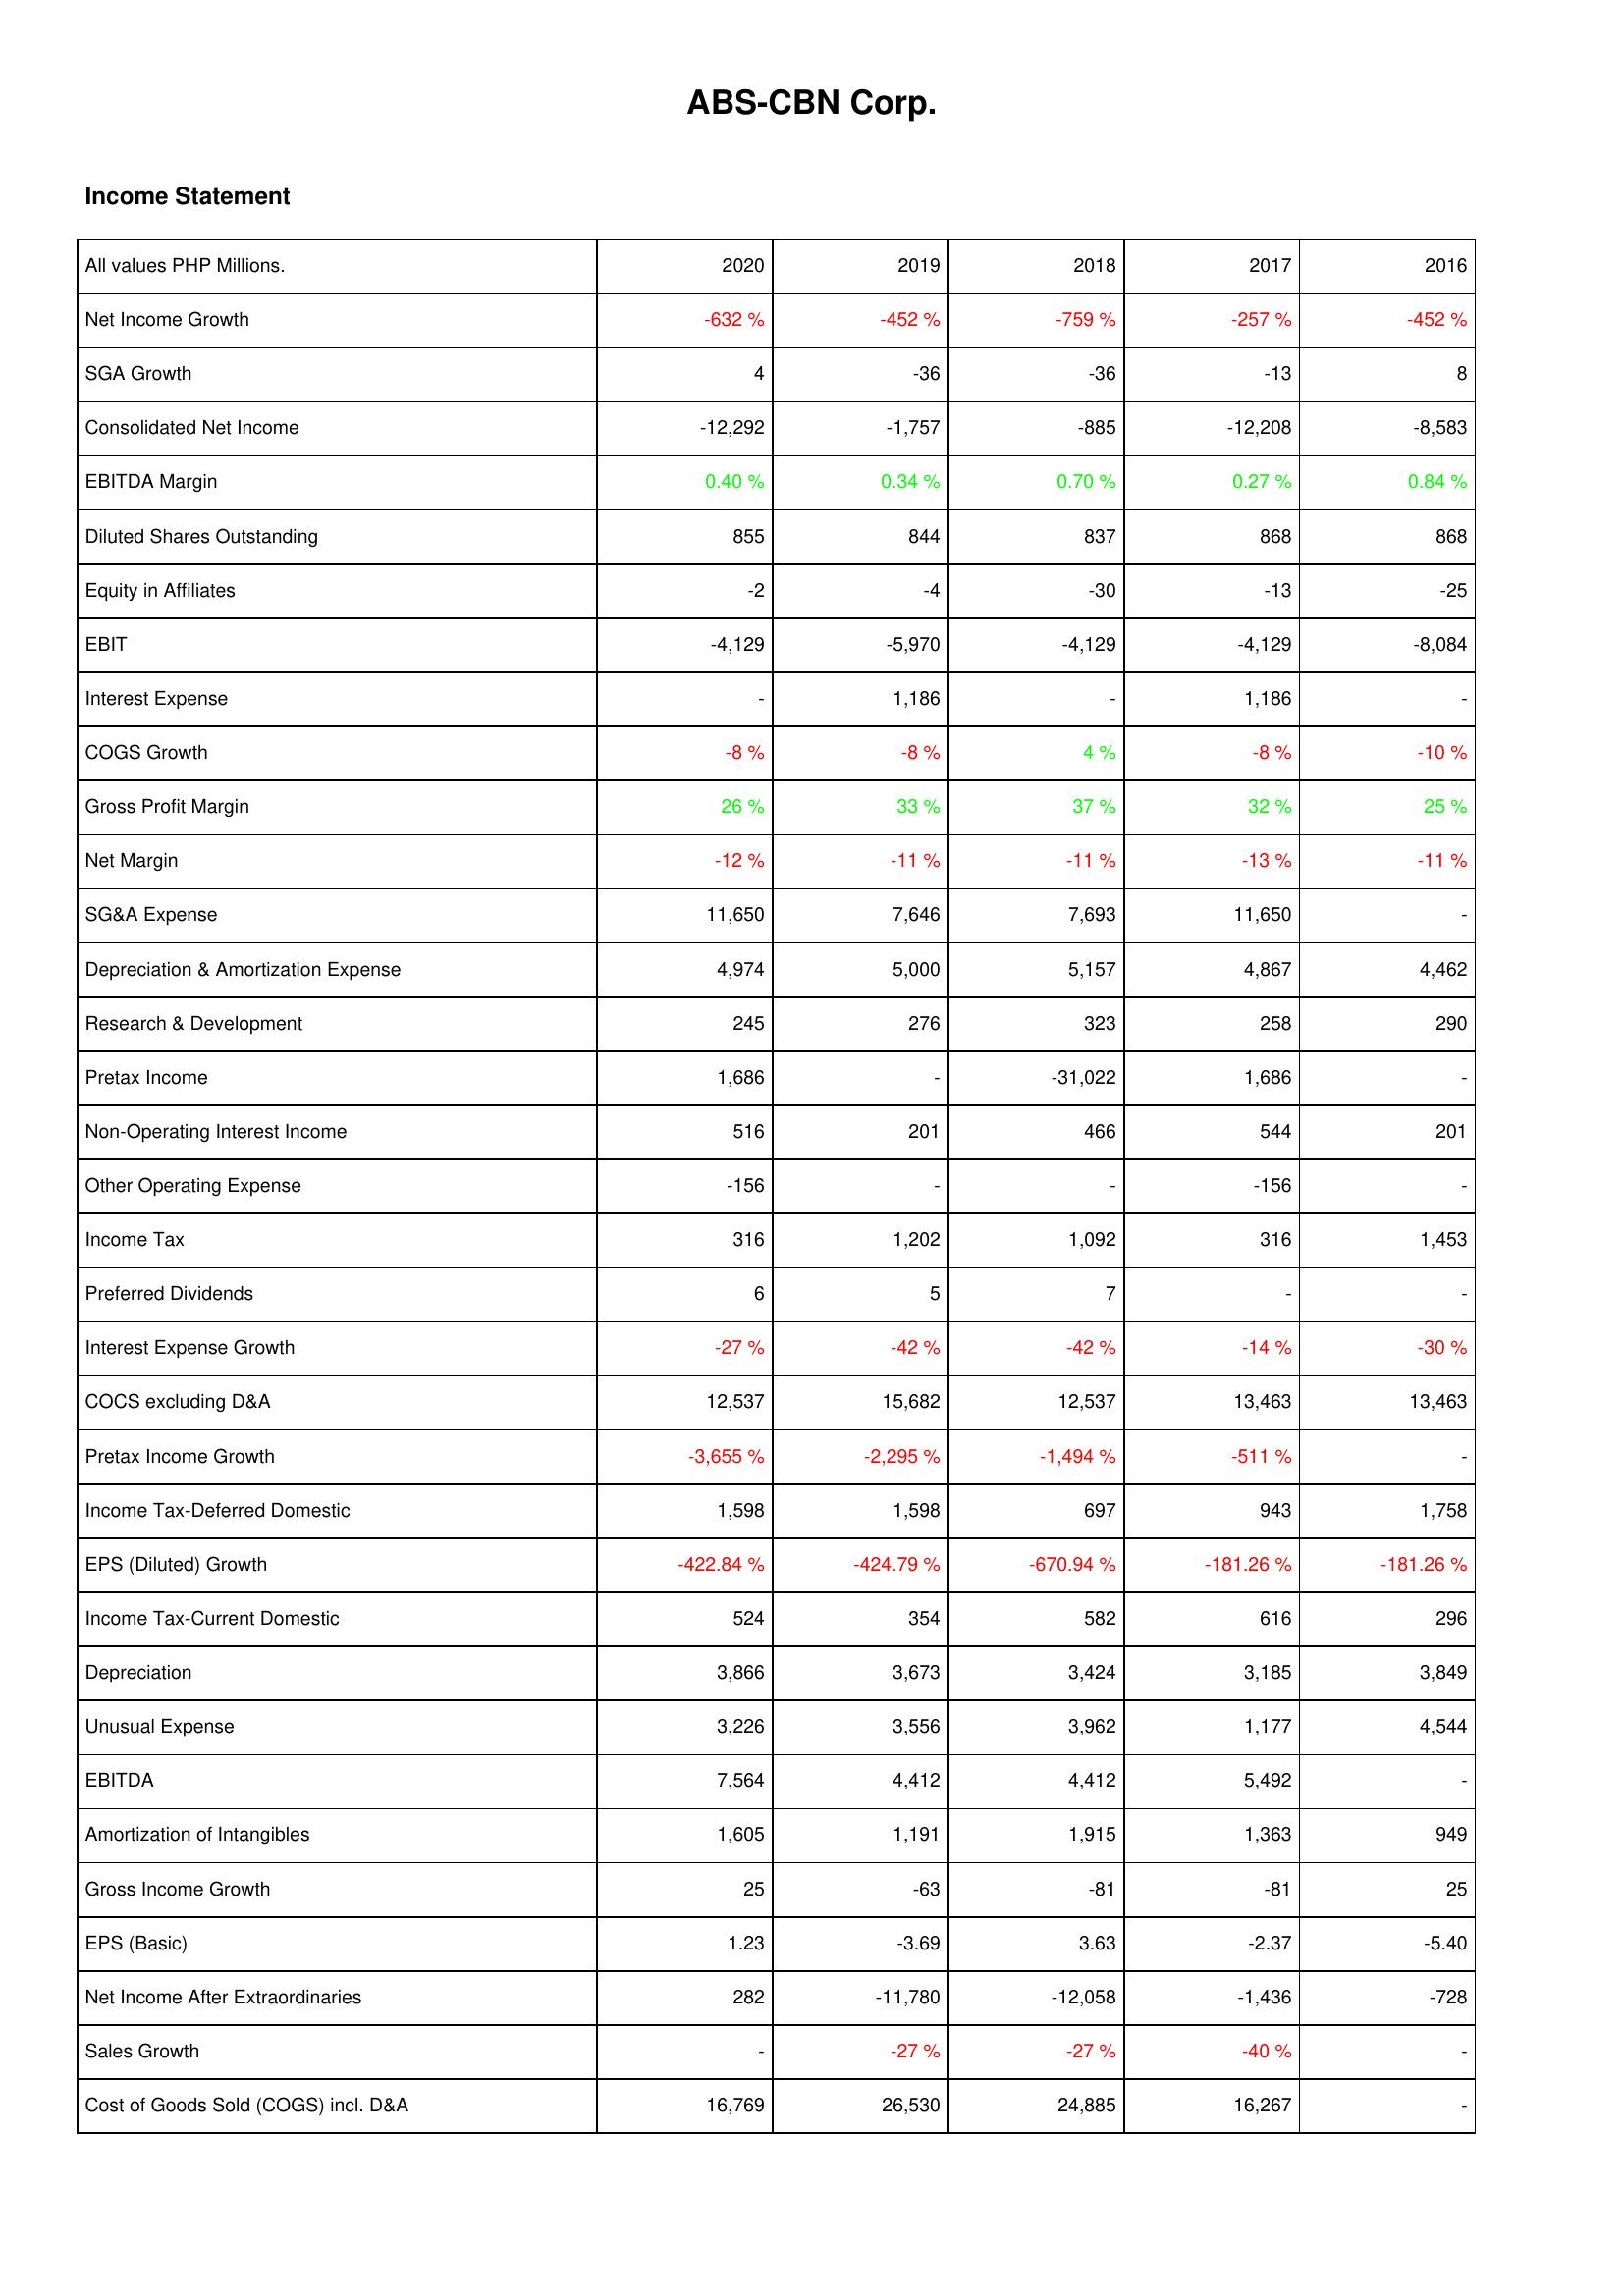
2020: Income Statement: Net Income Growth: -632 %
SGA Growth: 4
Consolidated Net Income: -12,292
EBITDA Margin: 0.40 %
Diluted Shares Outstanding: 855
Equity in Affiliates: -2
EBIT: -4,129
Interest Expense: -
COGS Growth: -8 %
Gross Profit Margin: 26 %
Net Margin: -12 %
SG&A Expense: 11,650
Depreciation & Amortization Expense: 4,974
Research & Development: 245
Pretax Income: 1,686
Non-Operating Interest Income: 516
Other Operating Expense: -156
Income Tax: 316
Preferred Dividends: 6
Interest Expense Growth: -27 %
COCS excluding D&A: 12,537
Pretax Income Growth: -3,655 %
Income Tax-Deferred Domestic: 1,598
EPS (Diluted) Growth: -422.84 %
Income Tax-Current Domestic: 524
Depreciation: 3,866
Unusual Expense: 3,226
EBITDA: 7,564
Amortization of Intangibles: 1,605
Gross Income Growth: 25
EPS (Basic): 1.23
Net Income After Extraordinaries: 282
Sales Growth: -
Cost of Goods Sold (COGS) incl. D&A: 16,769
2019: Income Statement: Net Income Growth: -452 %
SGA Growth: -36
Consolidated Net Income: -1,757
EBITDA Margin: 0.34 %
Diluted Shares Outstanding: 844
Equity in Affiliates: -4
EBIT: -5,970
Interest Expense: 1,186
COGS Growth: -8 %
Gross Profit Margin: 33 %
Net Margin: -11 %
SG&A Expense: 7,646
Depreciation & Amortization Expense: 5,000
Research & Development: 276
Pretax Income: -
Non-Operating Interest Income: 201
Other Operating Expense: -
Income Tax: 1,202
Preferred Dividends: 5
Interest Expense Growth: -42 %
COCS excluding D&A: 15,682
Pretax Income Growth: -2,295 %
Income Tax-Deferred Domestic: 1,598
EPS (Diluted) Growth: -424.79 %
Income Tax-Current Domestic: 354
Depreciation: 3,673
Unusual Expense: 3,556
EBITDA: 4,412
Amortization of Intangibles: 1,191
Gross Income Growth: -63
EPS (Basic): -3.69
Net Income After Extraordinaries: -11,780
Sales Growth: -27 %
Cost of Goods Sold (COGS) incl. D&A: 26,530
2018: Income Statement: Net Income Growth: -759 %
SGA Growth: -36
Consolidated Net Income: -885
EBITDA Margin: 0.70 %
Diluted Shares Outstanding: 837
Equity in Affiliates: -30
EBIT: -4,129
Interest Expense: -
COGS Growth: 4 %
Gross Profit Margin: 37 %
Net Margin: -11 %
SG&A Expense: 7,693
Depreciation & Amortization Expense: 5,157
Research & Development: 323
Pretax Income: -31,022
Non-Operating Interest Income: 466
Other Operating Expense: -
Income Tax: 1,092
Preferred Dividends: 7
Interest Expense Growth: -42 %
COCS excluding D&A: 12,537
Pretax Income Growth: -1,494 %
Income Tax-Deferred Domestic: 697
EPS (Diluted) Growth: -670.94 %
Income Tax-Current Domestic: 582
Depreciation: 3,424
Unusual Expense: 3,962
EBITDA: 4,412
Amortization of Intangibles: 1,915
Gross Income Growth: -81
EPS (Basic): 3.63
Net Income After Extraordinaries: -12,058
Sales Growth: -27 %
Cost of Goods Sold (COGS) incl. D&A: 24,885
2017: Income Statement: Net Income Growth: -257 %
SGA Growth: -13
Consolidated Net Income: -12,208
EBITDA Margin: 0.27 %
Diluted Shares Outstanding: 868
Equity in Affiliates: -13
EBIT: -4,129
Interest Expense: 1,186
COGS Growth: -8 %
Gross Profit Margin: 32 %
Net Margin: -13 %
SG&A Expense: 11,650
Depreciation & Amortization Expense: 4,867
Research & Development: 258
Pretax Income: 1,686
Non-Operating Interest Income: 544
Other Operating Expense: -156
Income Tax: 316
Preferred Dividends: -
Interest Expense Growth: -14 %
COCS excluding D&A: 13,463
Pretax Income Growth: -511 %
Income Tax-Deferred Domestic: 943
EPS (Diluted) Growth: -181.26 %
Income Tax-Current Domestic: 616
Depreciation: 3,185
Unusual Expense: 1,177
EBITDA: 5,492
Amortization of Intangibles: 1,363
Gross Income Growth: -81
EPS (Basic): -2.37
Net Income After Extraordinaries: -1,436
Sales Growth: -40 %
Cost of Goods Sold (COGS) incl. D&A: 16,267
2016: Income Statement: Net Income Growth: -452 %
SGA Growth: 8
Consolidated Net Income: -8,583
EBITDA Margin: 0.84 %
Diluted Shares Outstanding: 868
Equity in Affiliates: -25
EBIT: -8,084
Interest Expense: -
COGS Growth: -10 %
Gross Profit Margin: 25 %
Net Margin: -11 %
SG&A Expense: -
Depreciation & Amortization Expense: 4,462
Research & Development: 290
Pretax Income: -
Non-Operating Interest Income: 201
Other Operating Expense: -
Income Tax: 1,453
Preferred Dividends: -
Interest Expense Growth: -30 %
COCS excluding D&A: 13,463
Pretax Income Growth: -
Income Tax-Deferred Domestic: 1,758
EPS (Diluted) Growth: -181.26 %
Income Tax-Current Domestic: 296
Depreciation: 3,849
Unusual Expense: 4,544
EBITDA: -
Amortization of Intangibles: 949
Gross Income Growth: 25
EPS (Basic): -5.40
Net Income After Extraordinaries: -728
Sales Growth: -
Cost of Goods Sold (COGS) incl. D&A: -